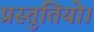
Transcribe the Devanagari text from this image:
प्रस्तुतियो।